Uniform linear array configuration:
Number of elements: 16
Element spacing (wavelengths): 0.25
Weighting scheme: uniform
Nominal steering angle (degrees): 60
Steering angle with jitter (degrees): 59.084
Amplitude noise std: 0.05
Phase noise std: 0.05

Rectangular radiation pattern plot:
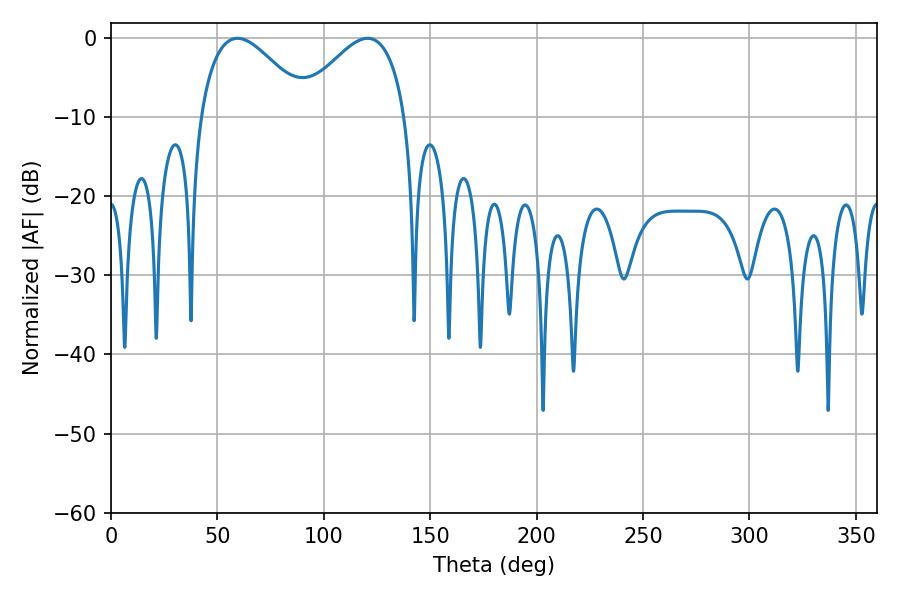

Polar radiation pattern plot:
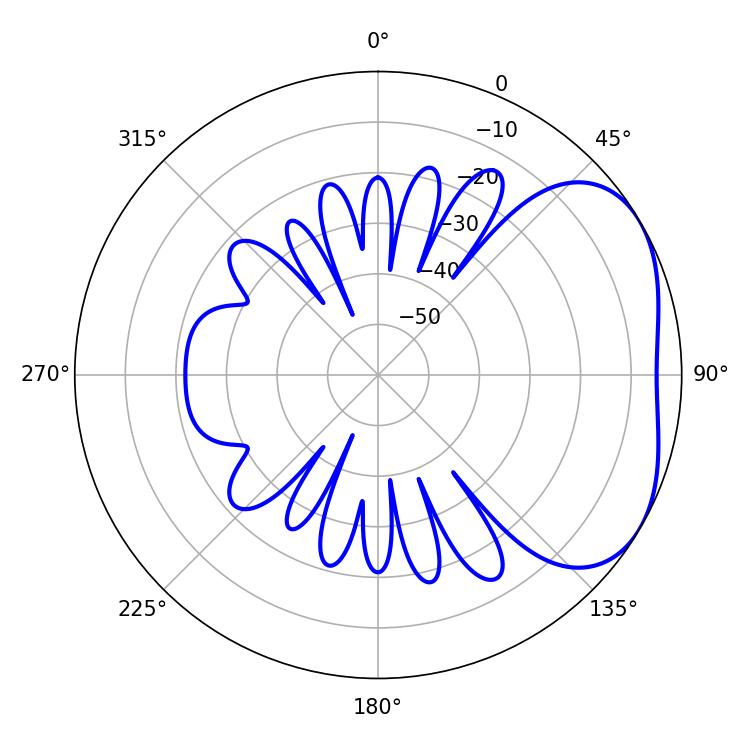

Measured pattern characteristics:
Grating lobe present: FALSE
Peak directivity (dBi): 3.456
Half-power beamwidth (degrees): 27.72
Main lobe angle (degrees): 59.4